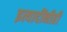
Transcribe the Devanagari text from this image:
इत्यादींनीही